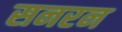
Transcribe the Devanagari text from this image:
सनरन